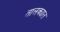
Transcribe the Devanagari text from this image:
तालक्यात